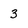
Character: 3